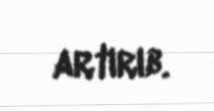
artırıb.